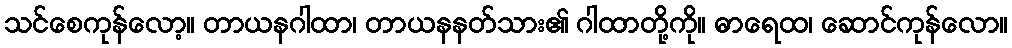
သင်စေကုန်လော့။ တာယနဂါထာ၊ တာယနနတ်သား၏ ဂါထာတို့ကို။ ဓာရေထ၊ ဆောင်ကုန်လော။